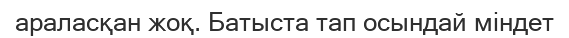
араласқан жоқ. Батыста тап осындай міндет